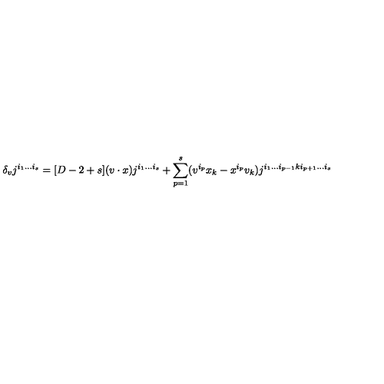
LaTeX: \delta _ { v } j ^ { i _ { 1 } \ldots i _ { s } } = [ D - 2 + s ] ( v \cdot x ) j ^ { i _ { 1 } \ldots i _ { s } } + \sum _ { p = 1 } ^ { s } ( v ^ { i _ { p } } x _ { k } - x ^ { i _ { p } } v _ { k } ) j ^ { i _ { 1 } \ldots i _ { p - 1 } k i _ { p + 1 } \ldots i _ { s } }